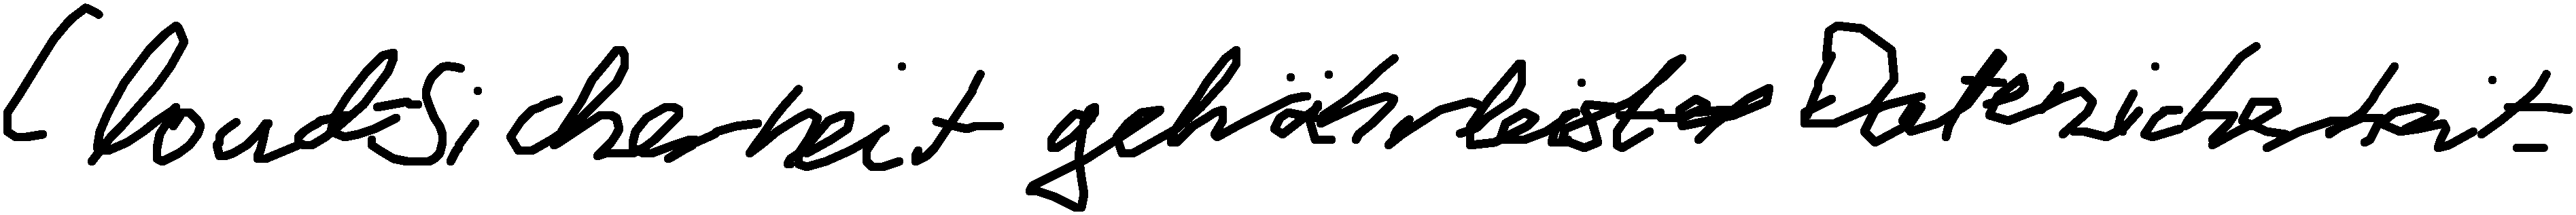
Cloud-Sicherheit gewährleistet Datensicherheit.